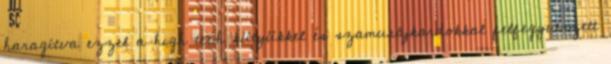
haragítva ezzel a high tech kütyükkel és szamurájkardokkal felfegyverzett